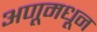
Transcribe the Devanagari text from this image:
अणूमधून